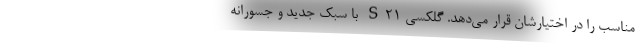
مناسب را در اختیارشان قرار می‌دهد. گلکسی S21 با سبک جدید و جسورانه